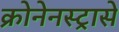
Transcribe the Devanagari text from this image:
क्रोनेनस्ट्रासे